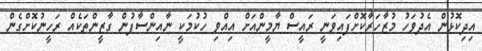
އިދިކޮޅުން އެދުވަހު މުޒާހަރާކޮށްފައިވަނީ ރައީސް ޔާމީންއަށް އިއްވި ހުކުމަކީ ނާއިންސާފުން ގާޒީންތަކެއް ރަހީނުކޮށްގެން